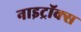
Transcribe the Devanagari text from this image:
नाइट्रॉक्स